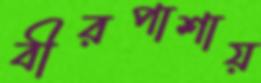
বীরপাশায়